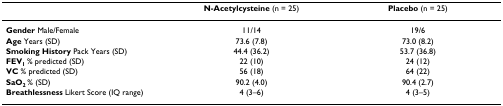
<table><thead><tr><td></td><td><b>N-Acetylcysteine (n = 25)</b></td><td><b>Placebo (n = 25)</b></td></tr></thead><tbody><tr><td><b>Gender </b>Male/Female</td><td>11/14</td><td>19/6</td></tr><tr><td><b>Age </b>Years (SD)</td><td>73.6 (7.8)</td><td>73.0 (8.2)</td></tr><tr><td><b>Smoking History </b>Pack Years (SD)</td><td>44.4 (36.2)</td><td>53.7 (36.8)</td></tr><tr><td><b>FEV<sub>1 </sub></b>% predicted (SD)</td><td>22 (10)</td><td>24 (12)</td></tr><tr><td><b>VC </b>% predicted (SD)</td><td>56 (18)</td><td>64 (22)</td></tr><tr><td><b>SaO<sub>2 </sub></b>% (SD)</td><td>90.2 (4.0)</td><td>90.4 (2.7)</td></tr><tr><td><b>Breathlessness </b>Likert Score (IQ range)</td><td>4 (3–6)</td><td>4 (3–5)</td></tr></tbody></table>